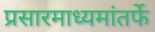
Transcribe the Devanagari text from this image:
प्रसारमाध्यमांतर्फे